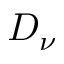
D _ { \nu }